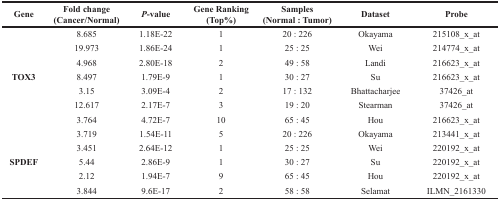
<table><thead><tr><td><b>Gene</b></td><td><b>Fold change (Cancer/Normal)</b></td><td><b><i>P</i>-value</b></td><td><b>Gene Ranking (Top%)</b></td><td><b>Samples (Normal : Tumor)</b></td><td><b>Dataset</b></td><td><b>Probe</b></td></tr></thead><tbody><tr><td rowspan="7"><b>TOX3</b></td><td>8.685</td><td>1.18E-22</td><td>1</td><td>20 : 226</td><td>Okayama</td><td>215108_x_at</td></tr><tr><td>19.973</td><td>1.86E-24</td><td>1</td><td>25 : 25</td><td>Wei</td><td>214774_x_at</td></tr><tr><td>4.968</td><td>2.80E-18</td><td>2</td><td>49 : 58</td><td>Landi</td><td>216623_x_at</td></tr><tr><td>8.497</td><td>1.79E-9</td><td>1</td><td>30 : 27</td><td>Su</td><td>216623_x_at</td></tr><tr><td>3.15</td><td>3.09E-4</td><td>2</td><td>17 : 132</td><td>Bhattacharjee</td><td>37426_at</td></tr><tr><td>12.617</td><td>2.17E-7</td><td>3</td><td>19 : 20</td><td>Stearman</td><td>37426_at</td></tr><tr><td>3.764</td><td>4.72E-7</td><td>10</td><td>65 : 45</td><td>Hou</td><td>216623_x_at</td></tr><tr><td rowspan="5"><b>SPDEF</b></td><td>3.719</td><td>1.54E-11</td><td>5</td><td>20 : 226</td><td>Okayama</td><td>213441_x_at</td></tr><tr><td>3.451</td><td>2.64E-12</td><td>1</td><td>25 : 25</td><td>Wei</td><td>220192_x_at</td></tr><tr><td>5.44</td><td>2.86E-9</td><td>1</td><td>30 : 27</td><td>Su</td><td>220192_x_at</td></tr><tr><td>2.12</td><td>1.94E-7</td><td>9</td><td>65 : 45</td><td>Hou</td><td>220192_x_at</td></tr><tr><td>3.844</td><td>9.6E-17</td><td>2</td><td>58 : 58</td><td>Selamat</td><td>ILMN_2161330</td></tr></tbody></table>